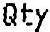
QTY